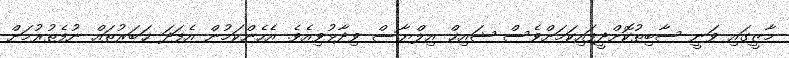
މާޒީގައި ވަނީ ސާބިތުކޮށްދީފައިކަމަށްވެސް ޝައިޚް އިލްޔާސް ވިދާޅުވިއެވެ. އެހެންކަމުން އެފަދަ ޚަބަރުތައް ނުފެތުރުމަށް